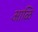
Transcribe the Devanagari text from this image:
आळि